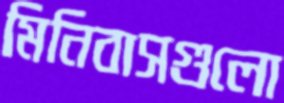
মিনিবাসগুলো